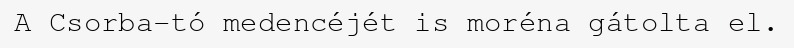
A Csorba-tó medencéjét is moréna gátolta el.